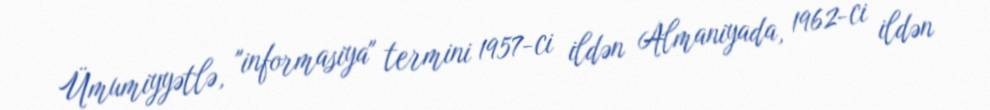
Ümumiyyətlə, "informasiya" termini 1957-ci ildən Almaniyada, 1962-ci ildən